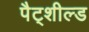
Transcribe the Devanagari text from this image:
पैट्शील्ड